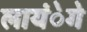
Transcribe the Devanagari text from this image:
लायंेगे